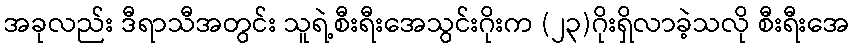
အခုလည်း ဒီရာသီအတွင်း သူရဲ့စီးရီးအေသွင်းဂိုးက (၂၃)ဂိုးရှိလာခဲ့သလို စီးရီးအေ